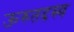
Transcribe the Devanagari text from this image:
ऊरुतदस्य